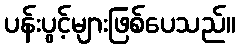
ပန်းပွင့်များဖြစ်ပေသည်။